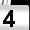
Digit: 4